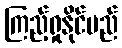
ကြည့်ရှုနိုင်မည်